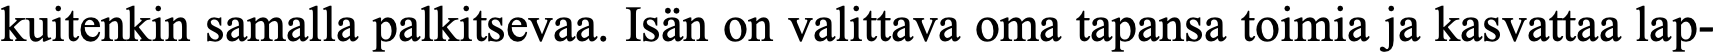
kuitenkin samalla palkitsevaa. Isän on valittava oma tapansa toimia ja kasvattaa lap-